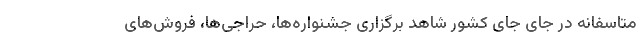
متاسفانه در جای جای کشور شاهد برگزاری جشنواره‌ها، حراجی‌ها، فروش‌های